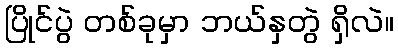
ပြိုင်ပွဲ တစ်ခုမှာ ဘယ်နှတွဲ ရှိလဲ။